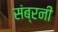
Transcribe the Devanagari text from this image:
संब्रनी